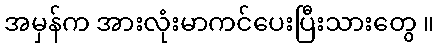
အမှန်က အားလုံးမာကင်ပေးပြီးသားတွေ ။